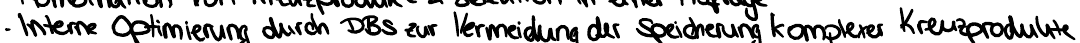
- Interne Optimierung durch DBs zur Vermeidung der Speicherung komplexer Kreuzprodukte